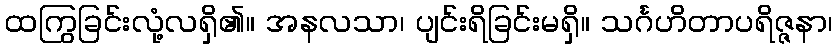
ထကြွခြင်းလုံ့လရှိ၏။ အနလသာ၊ ပျင်းရိခြင်းမရှိ။ သင်္ဂဟိတာပရိဇ္ဇနာ၊